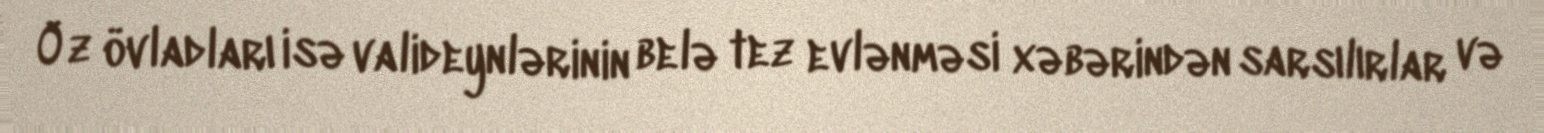
Öz övladları isə valideynlərinin belə tez evlənməsi xəbərindən sarsılırlar və